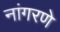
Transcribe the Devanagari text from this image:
नांगरणे